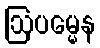
ဩပမ္မေန